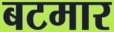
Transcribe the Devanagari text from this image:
बटमार